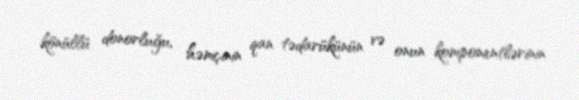
könüllü donorluğu, həmçinin qan tədarükünün və onun komponentlərinin